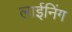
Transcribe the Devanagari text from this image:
लाईनिंग